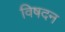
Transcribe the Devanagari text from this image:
विषदन